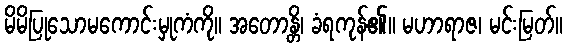
မိမိပြုသောမကောင်းမှုကံကို။ အတောန္တိ၊ ခံရကုန်၏။ မဟာရာဇ၊ မင်းမြတ်။